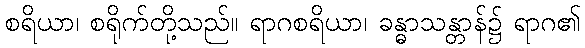
စရိယာ၊ စရိုက်တို့သည်။ ရာဂစရိယာ၊ ခန္ဓာသန္တာန်၌ ရာဂ၏